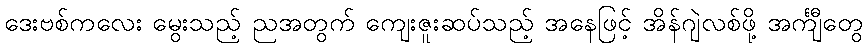
ဒေးဗစ်ကလေး မွေးသည့် ညအတွက် ကျေးဇူးဆပ်သည့် အနေဖြင့် အိန်ဂျဲလစ်ဖို့ အင်္ကျီတွေ